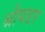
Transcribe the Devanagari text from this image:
श्रौयडर